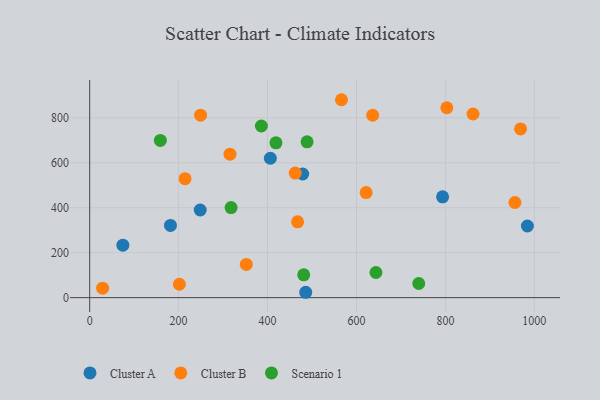
{"axis": {"x": "Engine Size", "y": "Salary"}, "legend": ["Cluster A", "Cluster B", "Scenario 1"], "data": [{"x": "406.3", "y": 620.0, "type": "Cluster A"}, {"x": "793.7", "y": 448.7, "type": "Cluster A"}, {"x": "984.4", "y": 318.7, "type": "Cluster A"}, {"x": "181.7", "y": 321.3, "type": "Cluster A"}, {"x": "479.1", "y": 550.0, "type": "Cluster A"}, {"x": "485.9", "y": 23.9, "type": "Cluster A"}, {"x": "74.6", "y": 233.2, "type": "Cluster A"}, {"x": "248.6", "y": 389.8, "type": "Cluster A"}, {"x": "621.8", "y": 467.4, "type": "Cluster B"}, {"x": "956.4", "y": 423.2, "type": "Cluster B"}, {"x": "315.6", "y": 638.4, "type": "Cluster B"}, {"x": "462.3", "y": 554.1, "type": "Cluster B"}, {"x": "803.3", "y": 844.8, "type": "Cluster B"}, {"x": "467.6", "y": 337.4, "type": "Cluster B"}, {"x": "969.1", "y": 750.7, "type": "Cluster B"}, {"x": "201.7", "y": 59.6, "type": "Cluster B"}, {"x": "249.4", "y": 811.8, "type": "Cluster B"}, {"x": "352.2", "y": 148.0, "type": "Cluster B"}, {"x": "636.4", "y": 811.4, "type": "Cluster B"}, {"x": "862.2", "y": 816.9, "type": "Cluster B"}, {"x": "214.5", "y": 529.1, "type": "Cluster B"}, {"x": "29.1", "y": 42.2, "type": "Cluster B"}, {"x": "566.3", "y": 880.4, "type": "Cluster B"}, {"x": "488.9", "y": 693.0, "type": "Scenario 1"}, {"x": "158.9", "y": 699.4, "type": "Scenario 1"}, {"x": "418.9", "y": 688.8, "type": "Scenario 1"}, {"x": "740.1", "y": 63.0, "type": "Scenario 1"}, {"x": "318.0", "y": 400.7, "type": "Scenario 1"}, {"x": "481.4", "y": 101.5, "type": "Scenario 1"}, {"x": "386.2", "y": 763.5, "type": "Scenario 1"}, {"x": "643.8", "y": 111.9, "type": "Scenario 1"}]}